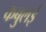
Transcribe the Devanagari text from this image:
कबुलई